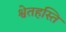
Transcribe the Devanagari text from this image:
श्वेतहस्ति